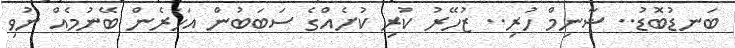
ބަނޑުބޮޑު.. ޝާނިމް ހުރި.. ޒުހޭރު ކުރި ކުށެއްގެ ސަބަބުން އަހަރެން ބޭނުމެއް ނުވި